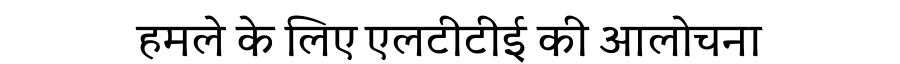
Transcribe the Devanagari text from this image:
हमले के लिए एलटीटीई की आलोचना